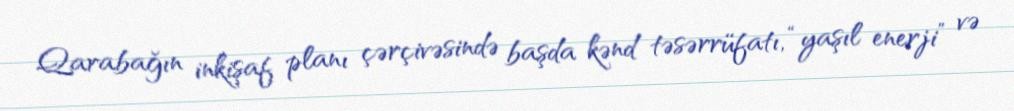
Qarabağın inkişaf planı çərçivəsində başda kənd təsərrüfatı, “yaşıl enerji” və